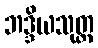
ဘဒ္ဒိယသုတ္တ